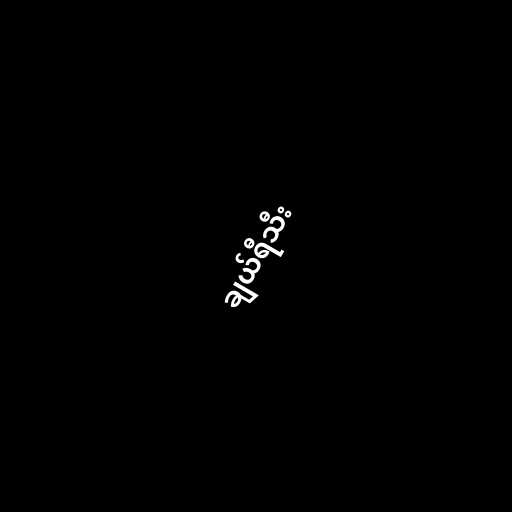
ချယ်ရီသီး